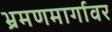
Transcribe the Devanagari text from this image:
भ्रमणमार्गावर